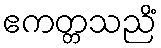
ဧကတ္တသညိံ